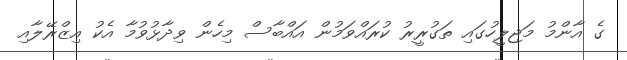
ގެ އާންމު މަޖިލީހުގައި ތަގުރީރު ކުރައްވަމުން އައްބާސް މިހެން ވިދާޅުވުމާ އެކު އިޒްރޭލާއި